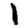
Digit: 1